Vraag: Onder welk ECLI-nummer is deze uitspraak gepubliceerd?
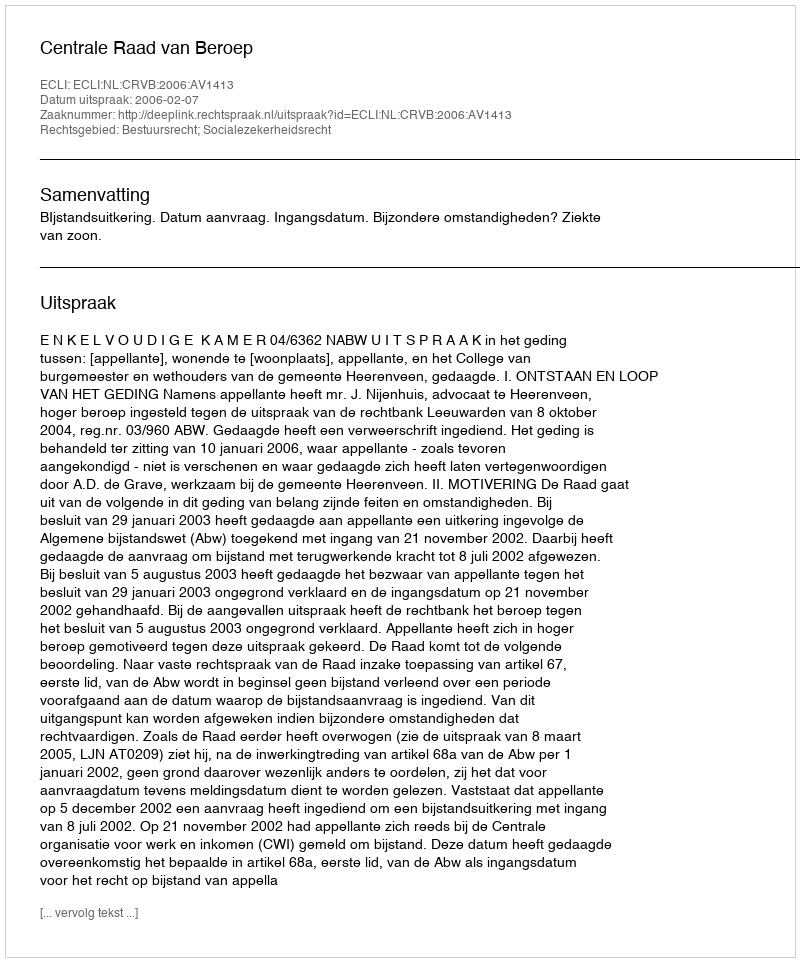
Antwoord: ECLI:NL:CRVB:2006:AV1413